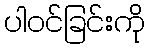
ပါဝင်ခြင်းကို